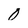
Character: 0